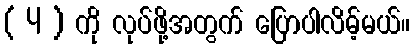
( 4 ) ကို လုပ်ဖို့အတွက် ပြောပါလိမ့်မယ်။